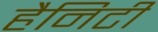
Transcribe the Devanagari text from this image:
हैनिटी